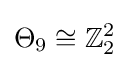
\Theta _{9}\cong \mathbb {Z} _{2}^{2}